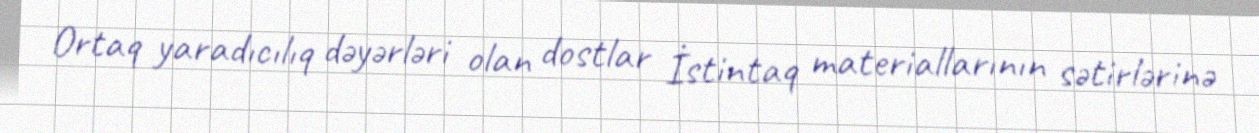
Ortaq yaradıcılıq dəyərləri olan dostlar İstintaq materiallarının sətirlərinə